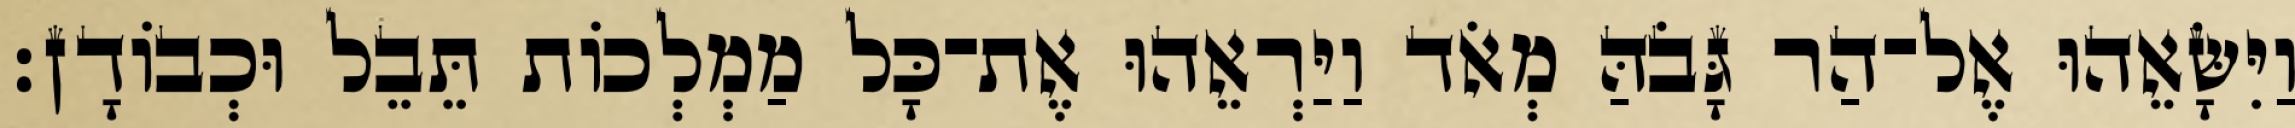
וַיִּשָּׂאֵהוּ אֶל־הַר גָּבֹהַּ מְאֹד וַיַּרְאֵהוּ אֶת־כָּל מַמְלְכוֹת תֵּבֵל וּכְבוֹדָן׃